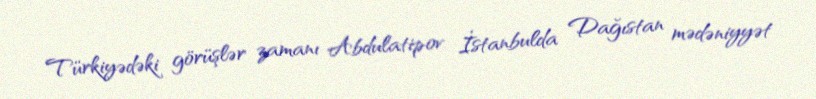
Türkiyədəki görüşlər zamanı Abdulatipov İstanbulda Dağıstan mədəniyyət